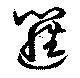
邏